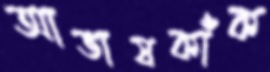
আভাষকাঁক